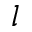
l